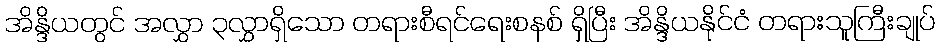
အိန္ဒိယတွင် အလွှာ ၃လွှာရှိသော တရားစီရင်ရေးစနစ် ရှိပြီး အိန္ဒိယနိုင်ငံ တရားသူကြီးချုပ်